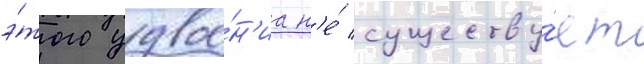
э́того удвое́н'иа н'е́ существу́ет